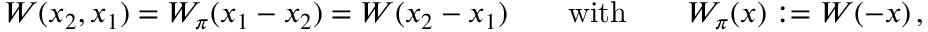
{ \cal W } ( x _ { 2 } , x _ { 1 } ) = W _ { \pi } ( x _ { 1 } - x _ { 2 } ) = W ( x _ { 2 } - x _ { 1 } ) \qquad \mathrm { w i t h } \qquad W _ { \pi } ( x ) : = W ( - x ) \, ,